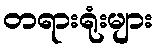
တရားရုံးများ